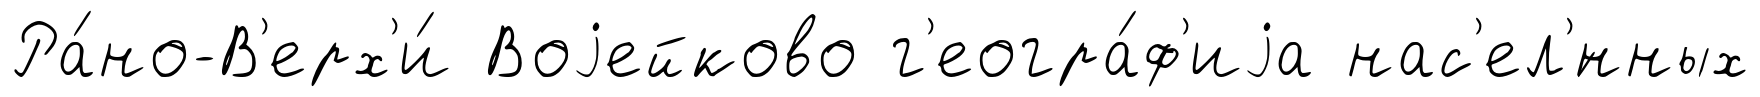
Ра́но-В'ерх'и́ Воjейково г'еогра́ф'иjа нас'ел'́нных